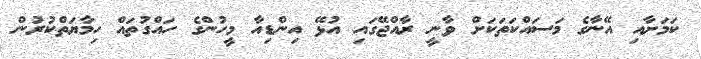
ކަމަށާއި އޭނާގެ މަސައްކަތަކަށް ވާނީ ރާއްޖޭގައި އުޅޭ އިންޑިއާ މީހުންގެ ހައްގުތައް ހިމާޔަތްކުރުން